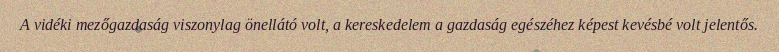
A vidéki mezőgazdaság viszonylag önellátó volt, a kereskedelem a gazdaság egészéhez képest kevésbé volt jelentős.